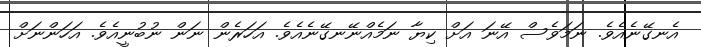
އެނގޭނެއެވެ. ނަމަވެސް އޭނަ އަށް ކިޔާ ނަމެއްނޭނގޭނެއެވެ. އަހަރެން ނަން ނުބުނީއެވެ. އަހަންނަށް